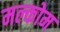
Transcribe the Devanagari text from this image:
मल्कोम